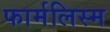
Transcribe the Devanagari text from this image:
फार्मलिस्म